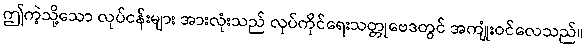
ဤကဲ့သို့သော လုပ်ငန်းများ အားလုံးသည် လုပ်ကိုင်ရေးသတ္တုဗေဒတွင် အကျုံးဝင်လေသည်။